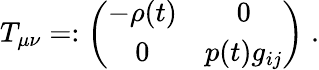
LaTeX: T_{\mu\nu}=:\left(\begin{array}{cc}{{-\rho(t)}}&{{0}}\\ {{0}}&{{p(t)g_{ij}}}\end{array}\right)\; .